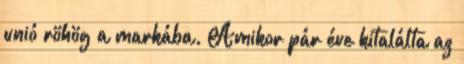
unió röhög a markába. Amikor pár éve kitalálta az